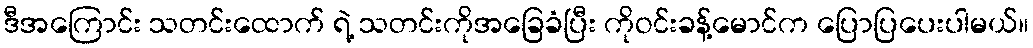
ဒီအကြောင်း သတင်းထောက် ရဲ့ သတင်းကိုအခြေခံပြီး ကိုဝင်းခန့်မောင်က ပြောပြပေးပါမယ်။